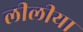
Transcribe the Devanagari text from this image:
लीलीया